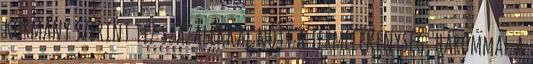
kormány szerint tíz százalékkal nőtt a termelékenység, hárommal a